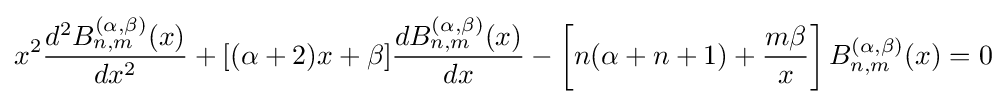
x^{2}{\frac {d^{2}B_{n,m}^{(\alpha ,\beta )}(x)}{dx^{2}}}+[(\alpha +2)x+\beta ]{\frac {dB_{n,m}^{(\alpha ,\beta )}(x)}{dx}}-\left[n(\alpha +n+1)+{\frac {m\beta }{x}}\right]B_{n,m}^{(\alpha ,\beta )}(x)=0